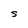
Character: S